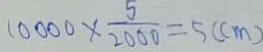
1 0 0 0 0 \times \frac { 5 } { 2 0 0 0 } = 5 ( c m )